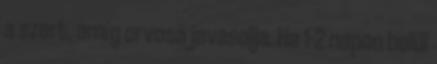
a szert, amíg orvosa javasolja. Ha 1-2 napon belül